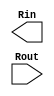
`timescale 1ns/1ps


module Dly #(
    parameter dlynum = 10
    )
    (
    output          Rin, //next stage req
    input           Rout //before stage req
    );


    genvar i;
    generate
    for(i=0; i<dlynum; i=i+1) begin: dly_buf
        wire buf_in, buf_out; 
        if(i==0) begin
            assign #1 buf_in = Rout;
        end else if(i==(dlynum-1)) begin
            assign Rin = buf_out;
            assign #1 buf_in = dly_buf[i-1].buf_out;
        end else begin
            assign #1 buf_in = dly_buf[i-1].buf_out;
        end

        //BUFFD0BWP7T30P140HVT i_buf (buf_in, buf_out);
    end
    endgenerate

endmodule